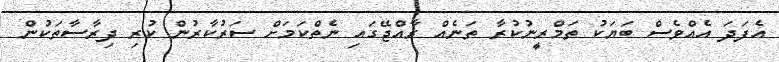
އެފަދަ އެއްވެސް ބަޔަކު ތަމްރީނުކުރާ ތަނެއް ރާއްޖޭގައި ނެތްކަމަށް ސަރުކާރުން ކުރި ދިރާސާތަކުން